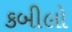
કબીલો